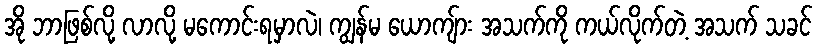
အို ဘာဖြစ်လို့ လာလို့ မကောင်းရမှာလဲ၊ ကျွန်မ ယောကျ်ား အသက်ကို ကယ်လိုက်တဲ့ အသက် သခင်